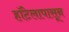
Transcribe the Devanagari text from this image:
हॉटेलापासून